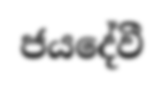
ජයදේවී